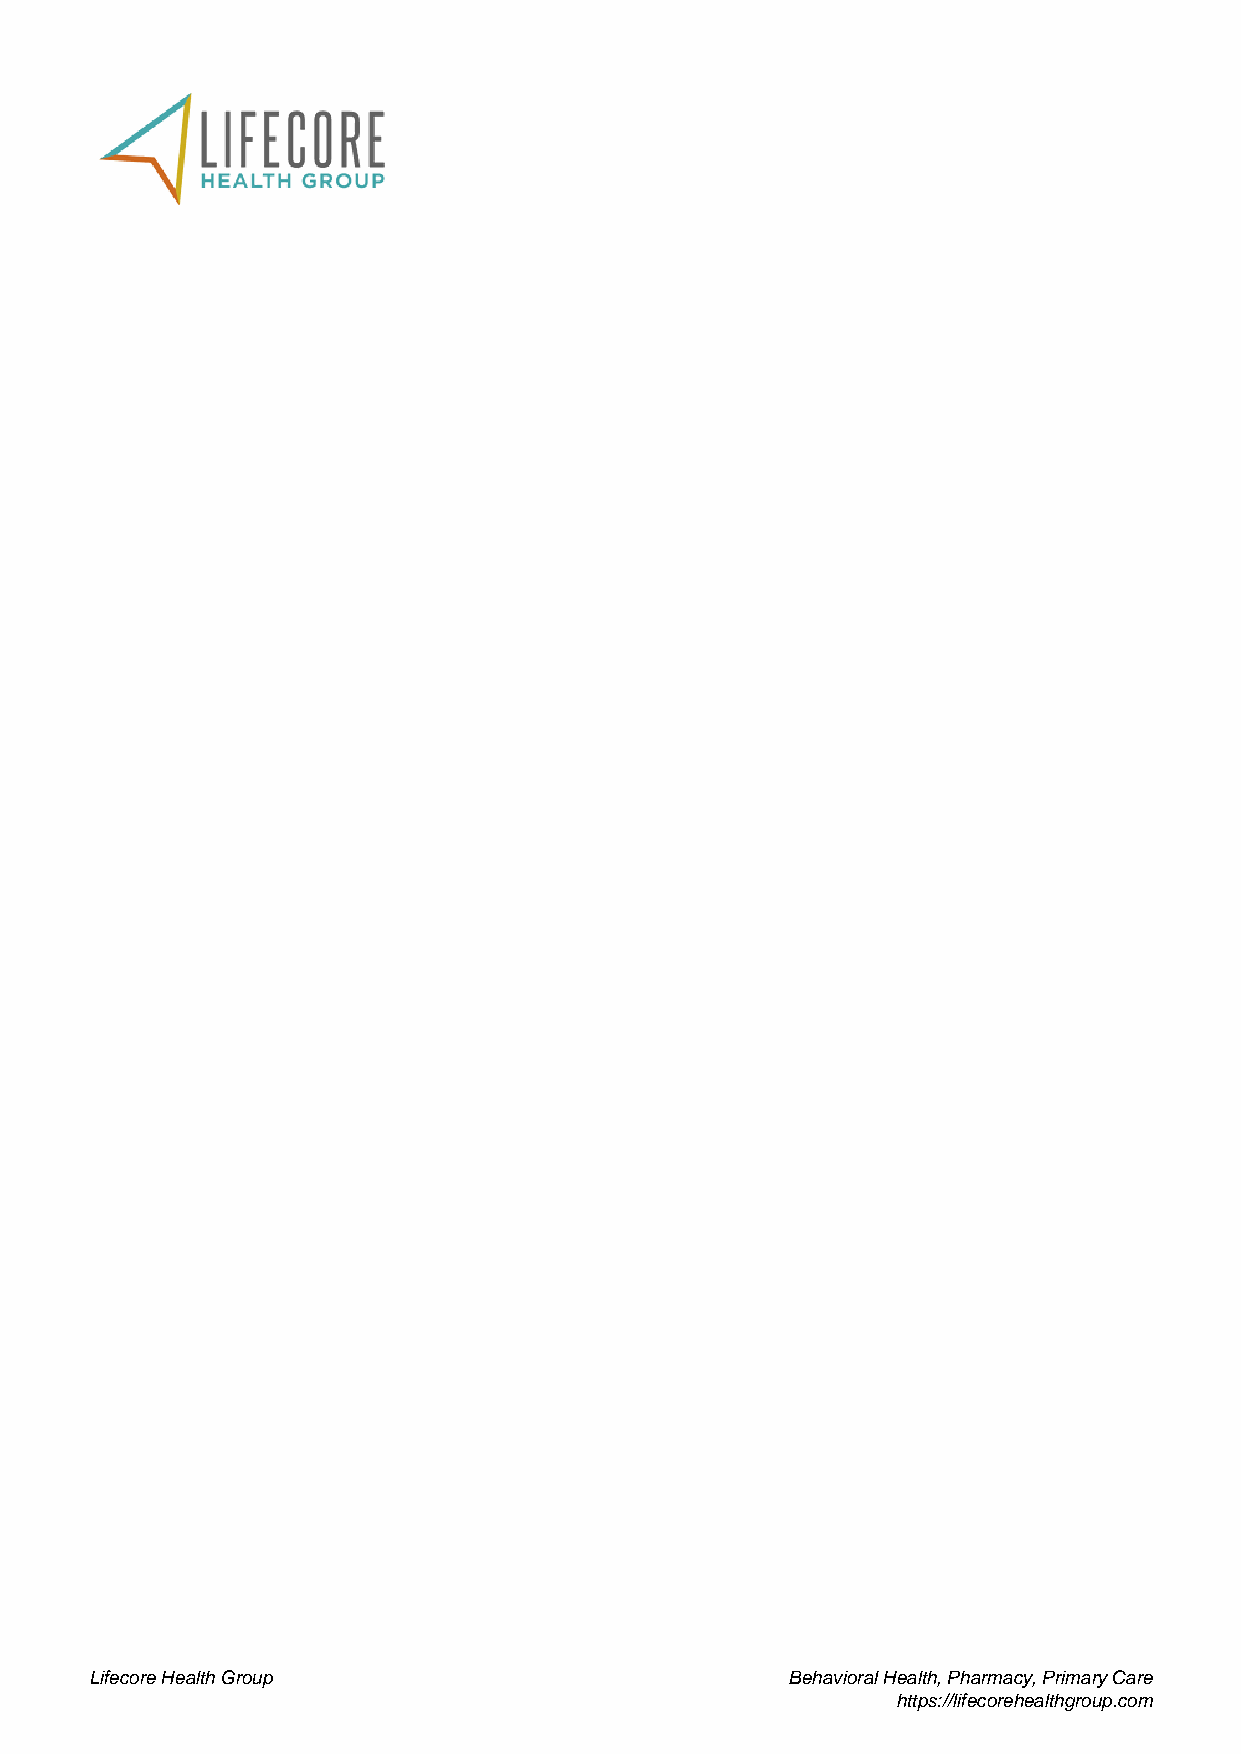
Lifecore Health Group                         Behavioral Health, Pharmacy, Primary Care
 https://lifecorehealthgroup.com
 Powered by TCPDF (www.tcpdf.org)